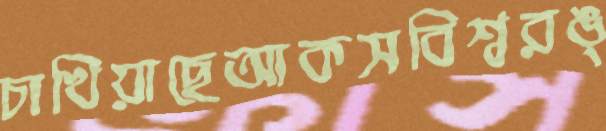
চাখিয়াছেআকসবিশ্বরঙ্